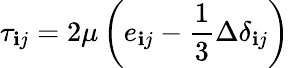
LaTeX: \tau_{\mathbf{i}j}=2\mu\left(e_{\mathbf{i}j}-{\frac{{1}}{{3}}}\Delta\delta_{\mathbf{i}j}\right)